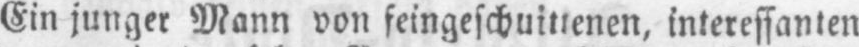
Ein junger Mann von feingeschuittenen, interessanten